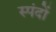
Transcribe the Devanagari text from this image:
स्‍पंदों